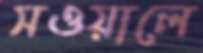
সওয়ালে